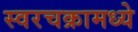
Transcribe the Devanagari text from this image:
स्वरचक्रामध्ये